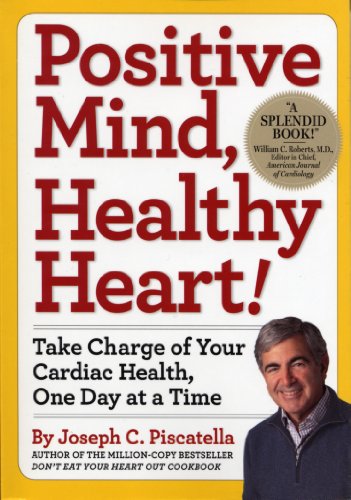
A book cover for Positive Mind, Healthy Heart!: Take Charge of Your Cardiac Health, One Day at a Time; Joseph C. Piscatella; Health, Fitness & Dieting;